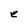
Character: e